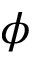
\boldsymbol { \phi }